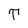
Character: T